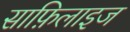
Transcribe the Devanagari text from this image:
साफ़िलाइज